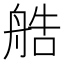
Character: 艁